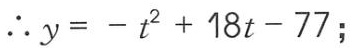
\(\therefore y=-t^{2}+18t - 77;\)